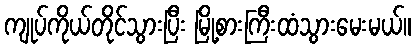
ကျုပ်ကိုယ်တိုင်သွားပြီး မြို့စားကြီးထံသွားမေးမယ်။